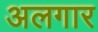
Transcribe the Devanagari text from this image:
अलगार